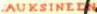
AUKSINEEN